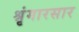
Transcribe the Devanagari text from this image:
श्रृंगारसार